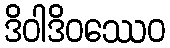
ဒိဝါဒိဝဿေဝ